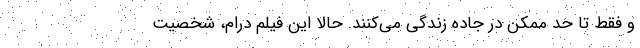
و فقط تا حد ممکن در جاده زندگی می‌کنند. حالا این فیلم درام، شخصیت